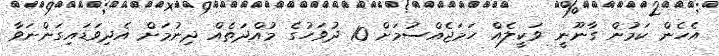
އެހެން ކަމުން ގާނޫނީ ވަކީލެއް ހަމަޖެއްސުމަށް 10 ދުވަހުގެ މުއްދަތެއް ދިނުމަށް އެދިވަޑައިގަންނަވާ